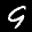
Label: 9